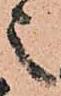
之